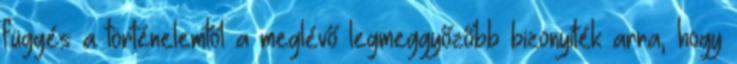
függés a történelemtől a meglévő legmeggyőzőbb bizonyíték arra, hogy